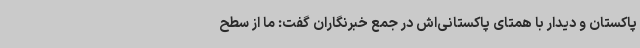
پاکستان و دیدار با همتای پاکستانی‌اش در جمع خبرنگاران گفت: ما از سطح